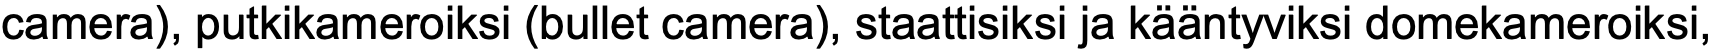
camera), putkikameroiksi (bullet camera), staattisiksi ja kääntyviksi domekameroiksi,